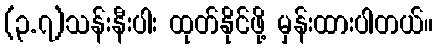
(၃.၇)သန်းနီးပါး ထုတ်နိုင်ဖို့ မှန်းထားပါတယ်။